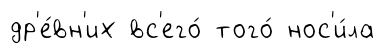
др'е́вн'их вс'его́ того́ нос'и́ла